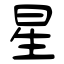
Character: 星